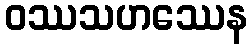
ဝဿသဟဿေန